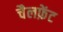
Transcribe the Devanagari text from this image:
चैलफ़ेंट